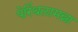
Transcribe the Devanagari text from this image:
पेरिंथलामन्ना